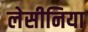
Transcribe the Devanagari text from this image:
लेसीनिया